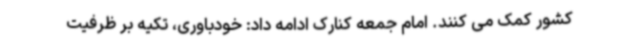
کشور کمک می کنند. امام جمعه کنارک ادامه داد: خودباوری، تکیه بر ظرفیت